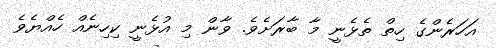
އަހަރެންގެ ހިތް ތެޅެނީ މާ ބާރަށެވެ. ވާން މި އުޅެނީ ކިހިނެއް ހެއްޔެވެ